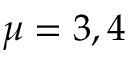
\mu = 3 , 4